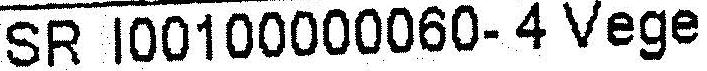
SR I00100000060- 4 VEGE